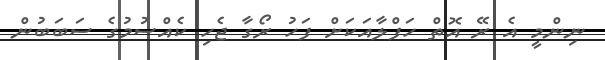
ނިންމީ އެ ރޭ އޮތް ހަފްލާއަކަށް ފަހު ރޯގާ ޖެހި ކެއްސުމުގެ ސަބަބުން